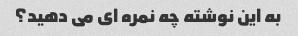
به این نوشته چه نمره ای می دهید؟